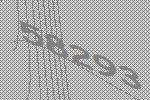
58293